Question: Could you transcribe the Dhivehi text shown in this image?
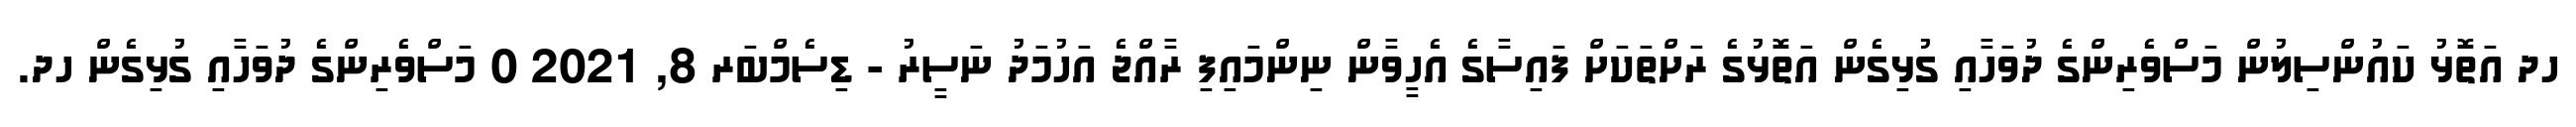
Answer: ހދ އަތޮޅު ކައުންސިލުން މަސްވެރިންގެ ދުވަހާއި ގުޅިގެން އަތޮޅުގެ ރަށްތަކަށް ފައިސާގެ އެހީވާން ނިންމައިފި ރާއްޖެ އަހުމަދު ނަސީރު - ޑިސެމްބަރ 8, 2021 0 މަސްވެރިންގެ ދުވަހާއި ގުޅިގެން ހދ.